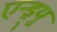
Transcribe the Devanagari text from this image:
एन्ड्र्यु